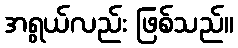
အရွယ်လည်း ဖြစ်သည်။